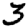
Digit: 3